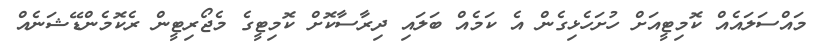
މައްސަލައެއް ކޮމިޓީއަށް ހުށަހެޅިގެން އެ ކަމެއް ބަލައި ދިރާސާކޮށް ކޮމިޓީގެ މެޖޯރިޓީން ރެކޮމެންޑޭޝަނެއް